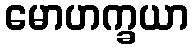
မောဟက္ခယာ